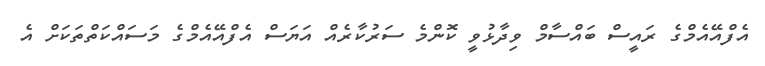
އެފްއޭއެމްގެ ރައީސް ބައްސާމް ވިދާޅުވީ ކޮންމެ ސަރުކާރެއް އަޔަސް އެފްއޭއެމްގެ މަސައްކަތްތަކަށް އެ